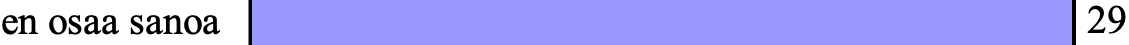
en osaa sanoa                       29